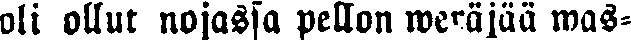
oli ollut nojassa pellon weräjää was-